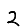
Digit: 2